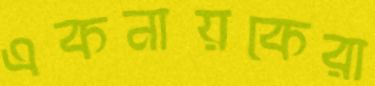
একনায়কেরা